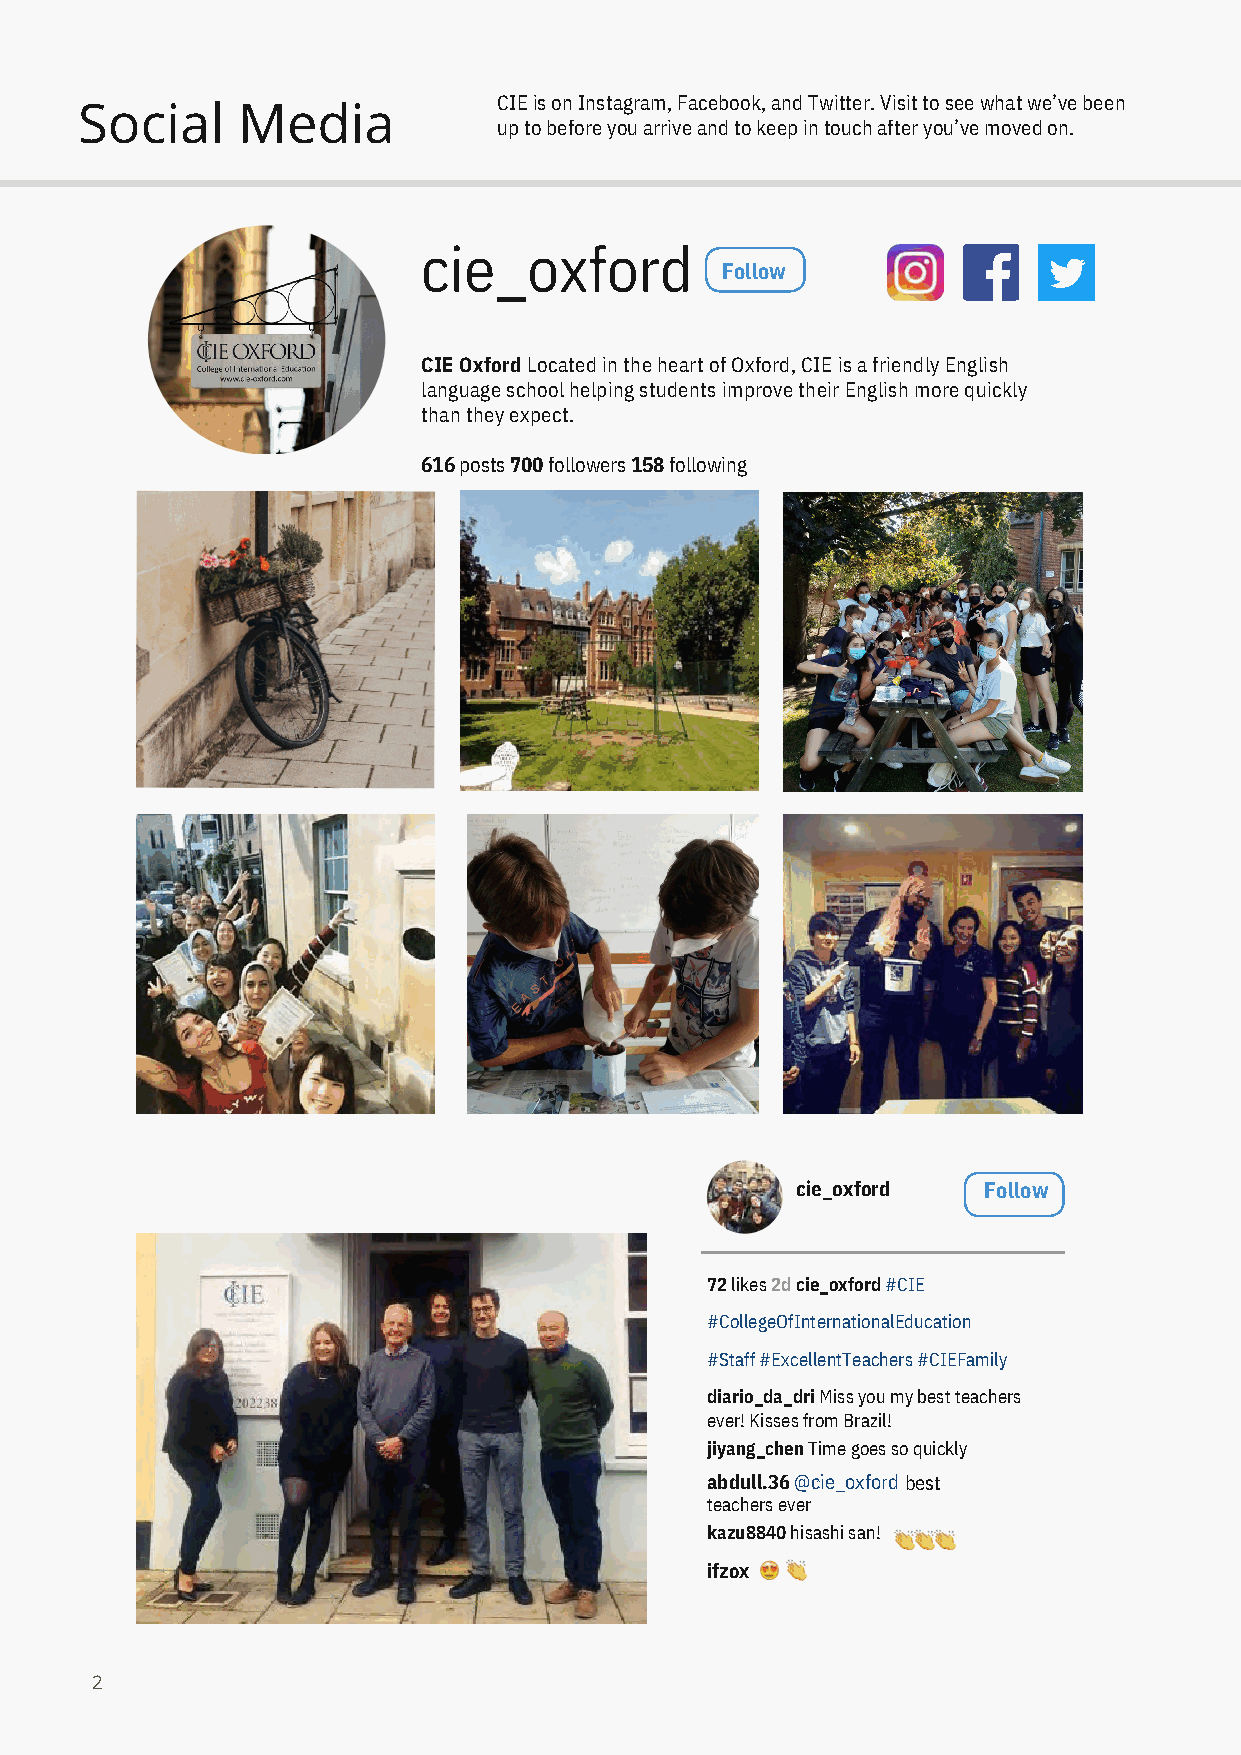
CIE is on Instagram, Facebook, and Twitter. Visit to see what we’ve been
 Social     Media
 up to before you arrive and to keep in touch after you’ve moved on.
 cie_oxford
 Follow
 CIE Oxford Located in the heart of Oxford, CIE is a friendly English
 language school helping students improve their English more quickly
 than they expect.
 616 posts 700 followers 158 following
 cie_oxford  Follow
 72 likes 2d cie_oxford #CIE
 #CollegeOfInternationalEducation
 #Staff #ExcellentTeachers #CIEFamily
 diario_da_dri Miss you my best teachers
 ever! Kisses from Brazil!
 jiyang_chen Time goes so quickly
 abdull.36 @cie_oxford best
 teachers ever
 kazu8840 hisashi san!
 ifzox
 2